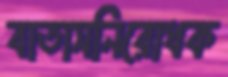
বাতাসনিরোধক